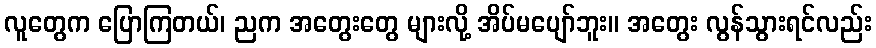
လူတွေက ပြောကြတယ်၊ ညက အတွေးတွေ များလို့ အိပ်မပျော်ဘူး။ အတွေး လွန်သွားရင်လည်း